Annual statistical returns and brief notes on vaccination in Bengal - 1887-1898
Year: 1887
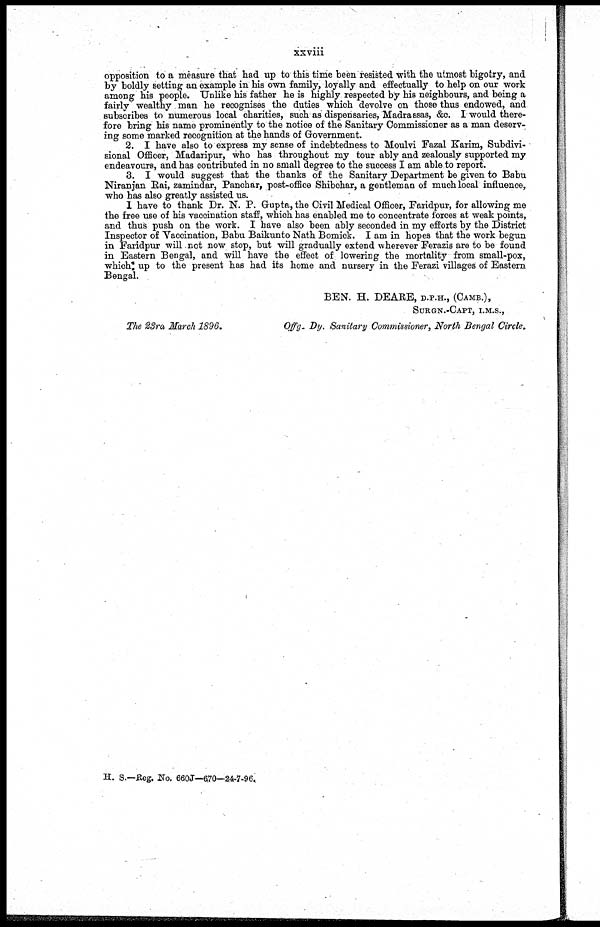
xxviii
opposition to a measure that had up to this time been resisted with the utmost bigotry, and
by boldly setting an example in his own family, loyally and effectually to help on our work
among his people. Unlike his father he is highly respected by his neighbours, and being a
fairly wealthy man he recognises the duties which devolve on those thus endowed, and
subscribes to numerous local charities, such as dispensaries, Madrassas, &c. I would there-
fore bring his name prominently to the notice of the Sanitary Commissioner as a man deserv-
ing some marked recognition at the hands of Government.
2. I have also to express my sense of indebtedness to Moulvi Fazal Karim, Subdivi-
sional Officer, Madaripur, who has throughout my tour ably and zealously supported my
endeavours, and has contributed in no small degree to the success I am able to report.
3. I would suggest that the thanks of the Sanitary Department be given to Babu
Niranjan Rai, zamindar, Panchar, post-office Shibchar, a gentleman of much local influence,
who has also greatly assisted us.
I have to thank Dr. N. P. Gupta, the Civil Medical Officer, Faridpur, for allowing me
the free use of his vaccination staff, which has enabled me to concentrate forces at weak points,
and thus push on the work. I have also been ably seconded in my efforts by the District
Inspector of Vaccination, Babu Baikunto Nath Bomick. I am in hopes that the work begun
in Faridpur will not now stop, but will gradually extend wherever Ferazis are to be found
in Eastern Bengal, and will have the effect of lowering the mortality from small-pox,
which up to the present has had its home and nursery in the Ferazi villages of Eastern
Bengal.
BEN. H. DEARE, D.P.H., (CAMB.),
SURGN.-CAPT, I.M.S.,
The 23rd March 1896.
Offg- Dy. Sanitary Commissioner, North Bengal Circle.
H. S.—Reg. No. 660J—670—24-7-96.